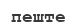
пеште